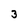
Character: 3